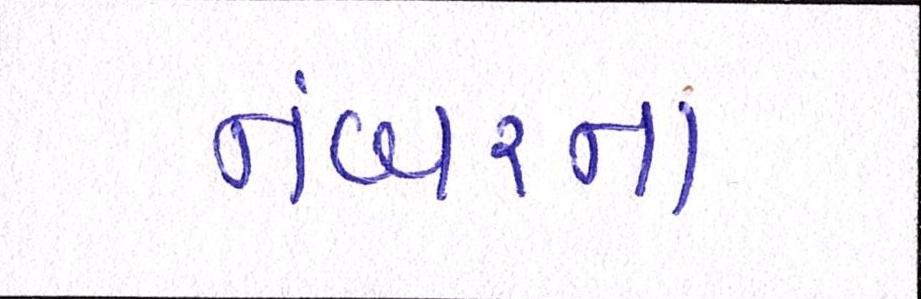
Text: નંબરના